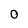
Character: 0